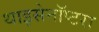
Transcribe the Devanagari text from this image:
थाइसेनॉप्टरा